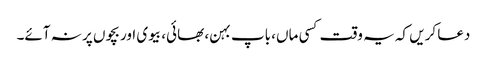
دعا کریں کہ یہ وقت کسی ماں، باپ بہن، بھائی، بیوی اور بچوں پر نہ آئے۔